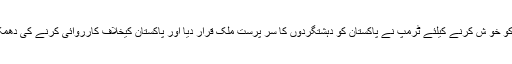
مودی کو خو ش کرنے کیلئے ٹرمپ نے پاکستان کو دہشتگردوں کا سر پرست ملک قرار دیا اور پاکستان کیخلاف کارروائی کرنے کی دھمکی دی۔